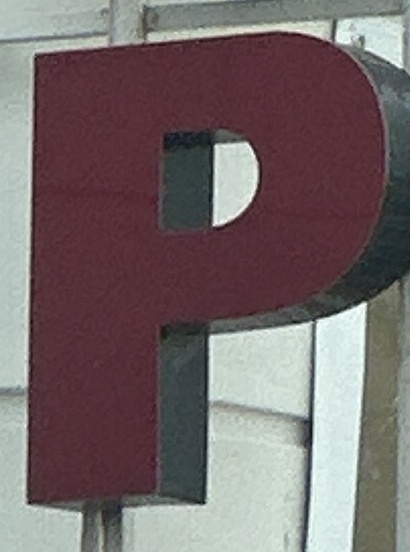
P